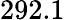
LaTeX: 292.1